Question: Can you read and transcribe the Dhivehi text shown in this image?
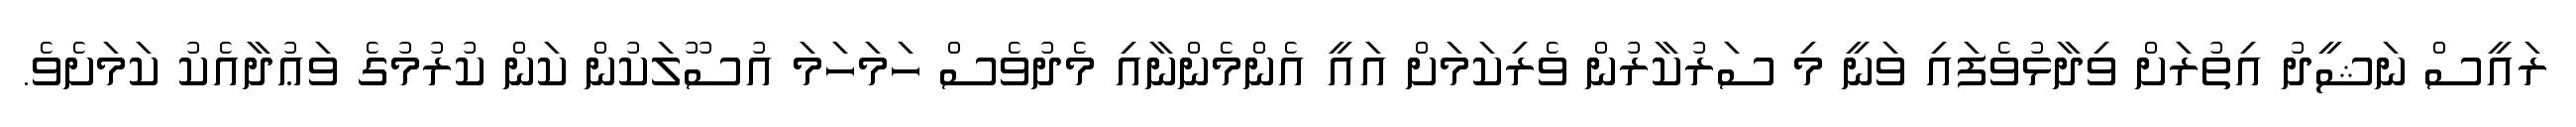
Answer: ރައީސް ނަޝީދު އިތުރަށް ވިދާޅުވެފައި ވަނީ މި ސަރުކާރުން ވެރިކަމަށް އައީ އެންމެންނާއި މެދުވެސް ހަމަހަމަ އުސޫލަކުން ކަން ކުރުމުގެ ވަޢުދާއެކު ކަމަށެވެ.